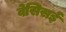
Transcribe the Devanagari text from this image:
वेसिसई